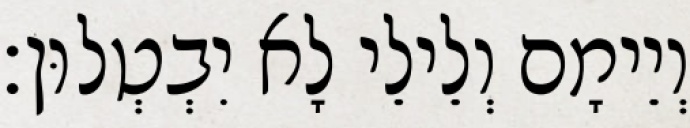
וְיֵימָם וְלֵילֵי לָא יִבְטְלוּן׃